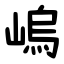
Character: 嵨